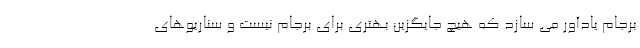
برجام یادآور می سازد که هیچ جایگزین بهتری برای برجام نیست و سناریوهای